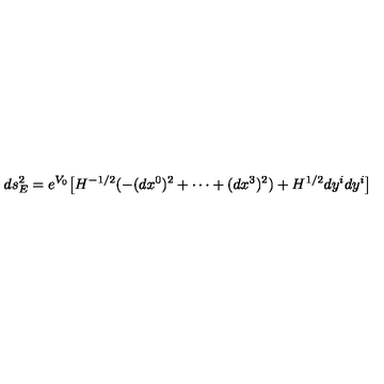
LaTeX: d s _ { E } ^ { 2 } = e ^ { V _ { 0 } } \big [ H ^ { - 1 / 2 } ( - ( d x ^ { 0 } ) ^ { 2 } + \cdots + ( d x ^ { 3 } ) ^ { 2 } ) + H ^ { 1 / 2 } d y ^ { i } d y ^ { i } \big ]